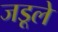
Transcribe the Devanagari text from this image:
जडूले